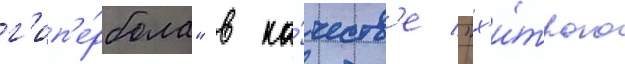
г'ип'е́рбола" в ка́честв'е "х'и́трого